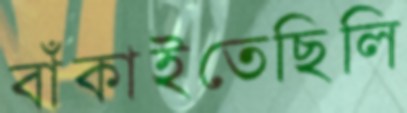
বাঁকাইতেছিলি